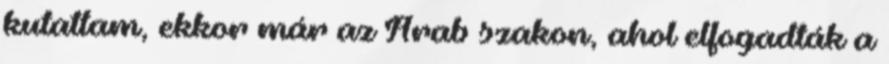
kutattam, ekkor már az Arab szakon, ahol elfogadták a